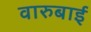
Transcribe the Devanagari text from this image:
वारुबाई